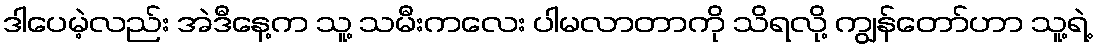
ဒါပေမဲ့လည်း အဲဒီနေ့က သူ့ သမီးကလေး ပါမလာတာကို သိရလို့ ကျွန်တော်ဟာ သူ့ရဲ့